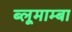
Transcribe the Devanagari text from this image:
ब्लूमाम्बा